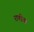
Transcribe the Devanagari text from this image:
राणीया